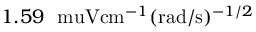
1 . 5 9 \ \mathrm { \ m u V } \mathrm { c m } ^ { - 1 } ( \mathrm { r a d } / \mathrm { s } ) ^ { - 1 / 2 }